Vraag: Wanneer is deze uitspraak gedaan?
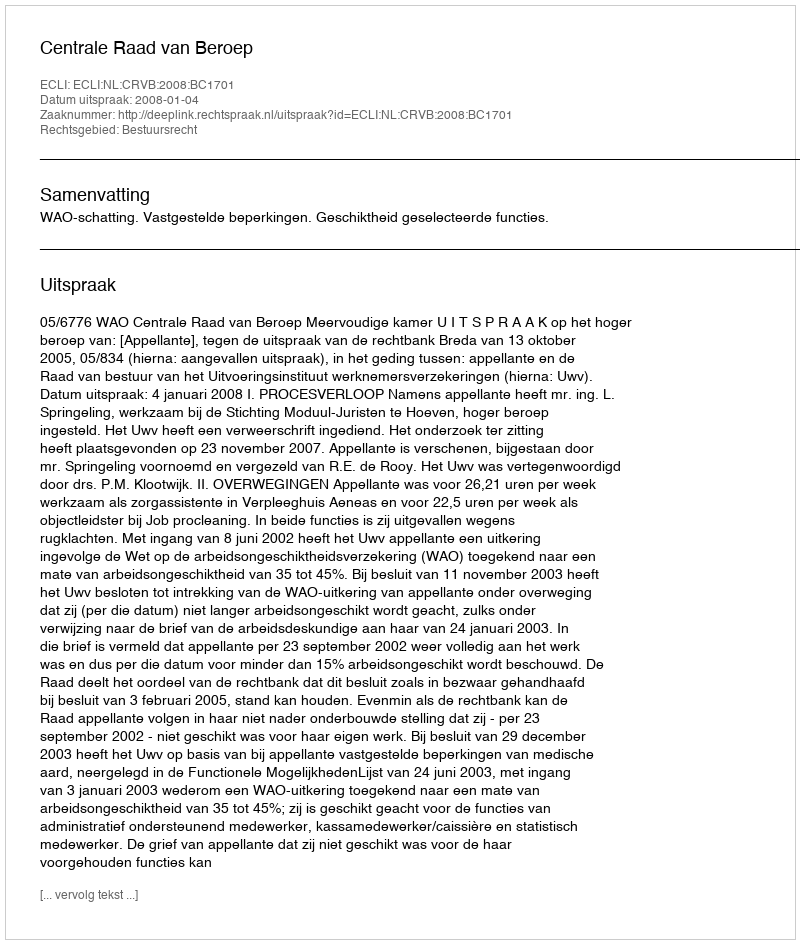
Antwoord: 2008-01-04